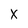
Character: x